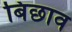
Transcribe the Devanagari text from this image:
बिछाव